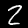
Digit: 2